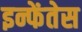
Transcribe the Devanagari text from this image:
इन्फेंतेस